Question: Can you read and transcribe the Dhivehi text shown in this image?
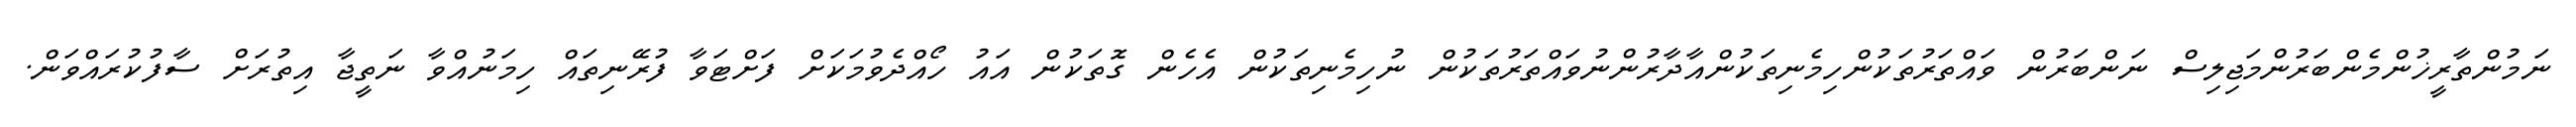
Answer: ނަމުންތާރީޚުންމެންބަރުންމަޖިލިސް ނަންބަރުން ވައްތަރުތަކުންހިމެނިތަކުންއާދާރުންނުވައްތަރުތަކުން ނުހިމެނިތަކުން އެހެން ގޮތަކުން އައު ހޯއްދެވުމަކަށް ފަށްޓަވާ ފުރޭނިތައް ހިމަނުއްވާ ނަތީޖާ އިތުރަށް ސާފުކުރައްވަން.